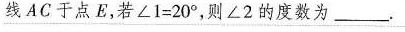
线AC于点E，若$$∠ 1 = 2 0 °$$，则∠2的度数为____